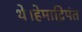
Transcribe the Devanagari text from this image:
थे।हेमाद्रिपंत